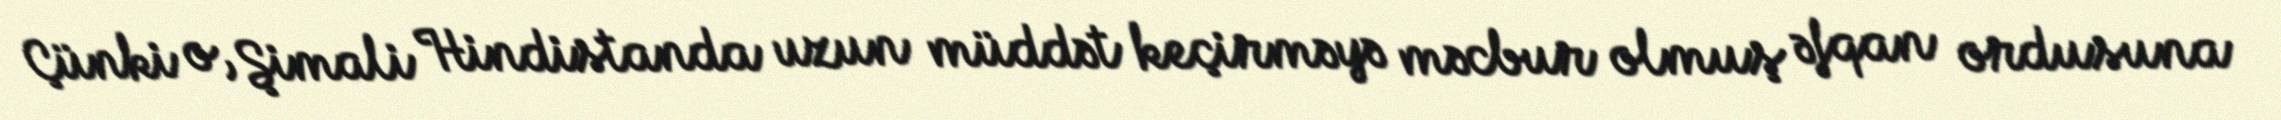
Çünki o, Şimali Hindistanda uzun müddət keçirməyə məcbur olmuş əfqan ordusuna